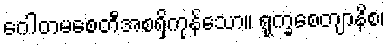
ဂေါတမစေတီအစရှိကုန်သော။ ရုက္ခစေတျာနိစ၊